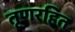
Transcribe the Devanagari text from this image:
तृणरहित